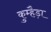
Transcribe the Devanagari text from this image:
कुम्हैड़ा